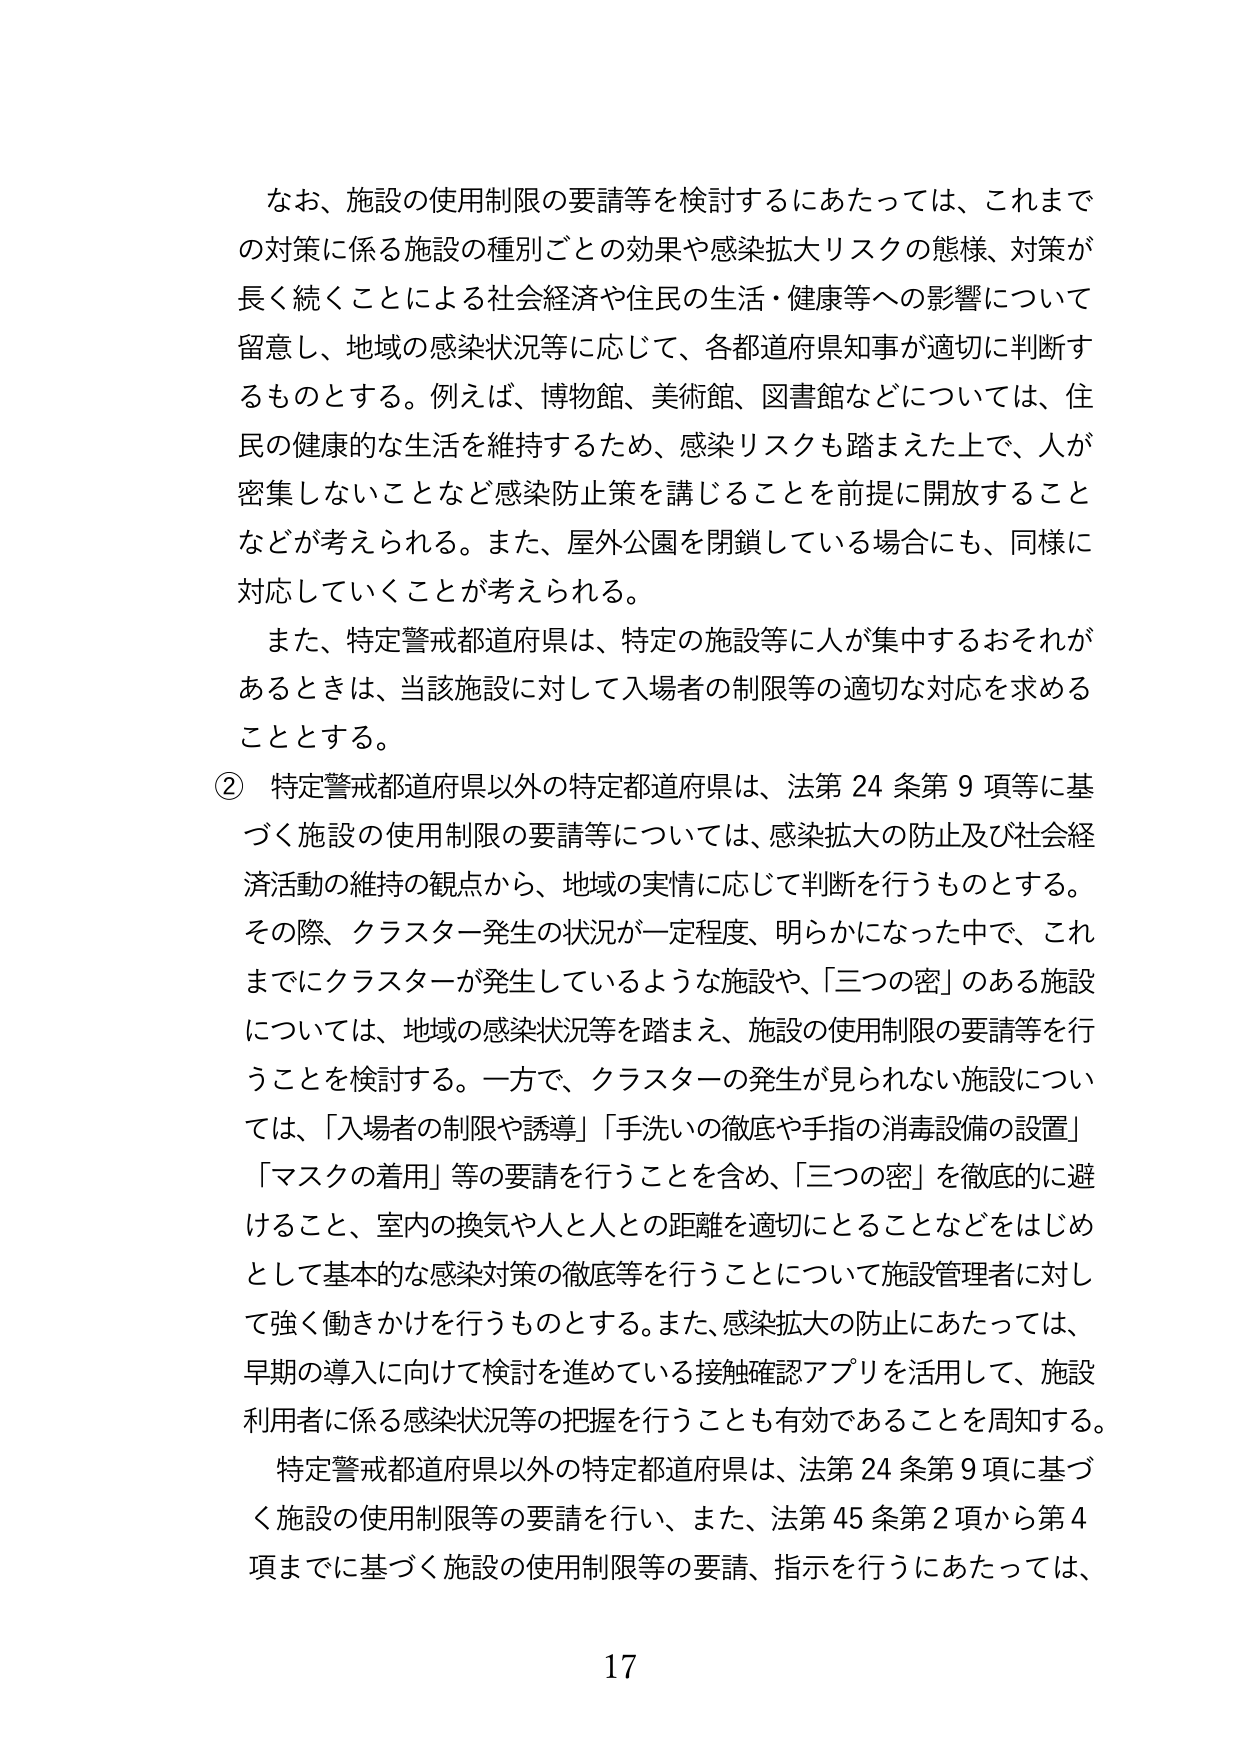
なお、施設の使用制限の要請等を検討するにあたっては、これまでの対策に係る施設の種別ごとの効果や感染拡大リスクの態様、対策が長く続くことによる社会経済や住民の生活・健康等への影響について留意し、地域の感染状況等に応じて、各都道府県知事が適切に判断するものとする。例えば、博物館、美術館、図書館などについては、住民の健康的な生活を維持するため、感染リスクも踏まえた上で、人が密集しないことなど感染防止策を講じることを前提に開放することなどが考えられる。また、屋外公園を閉鎖している場合にも、同様に対応していくことが考えられる。

また、特定警戒都道府県は、特定の施設等に人が集中するおそれがあるときは、当該施設に対して入場者の制限等の適切な対応を求めることがある。

② 特定警戒都道府県以外の特定都道府県は、法第24条第9項等に基づく施設の使用制限の要請等については、感染拡大の防止及び社会経済活動の維持の観点から、地域の実情に応じて判断を行うものとする。その際、クラスター発生の状況が一定程度、明らかになった中で、これまでにクラスターが発生しているような施設や、「三つの密」のある施設については、地域の感染状況等を踏まえ、施設の使用制限の要請等を行うことを検討する。一方で、クラスターの発生が見られない施設については、「入場者の制限や誘導」「手洗いの徹底や手指の消毒設備の設置」「マスクの着用」等の要請を行うことを含め、「三つの密」を徹底的に避けること、室内の換気や人と人との距離を適切にとることなどをはじめとして基本的な感染対策の徹底等を行うことについて施設管理者に対して強く働きかけを行うものとする。また、感染拡大の防止にあたっては、早期の導入に向けて検討を進めている接触確認アプリを活用して、施設利用者に係る感染状況等の把握を行うことも有効であることを周知する。

特定警戒都道府県以外の特定都道府県は、法第24条第9項に基づく施設の使用制限等の要請を行い、また、法第45条第2項から第4項までに基づく施設の使用制限等の要請、指示を行うにあたっては、

17